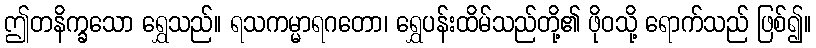
ဤတနိက္ခသော ရွှေသည်။ ရသကမ္မာရဂတော၊ ရွှေပန်းထိမ်သည်တို့၏ ဖိုဝသို့ ရောက်သည် ဖြစ်၍။